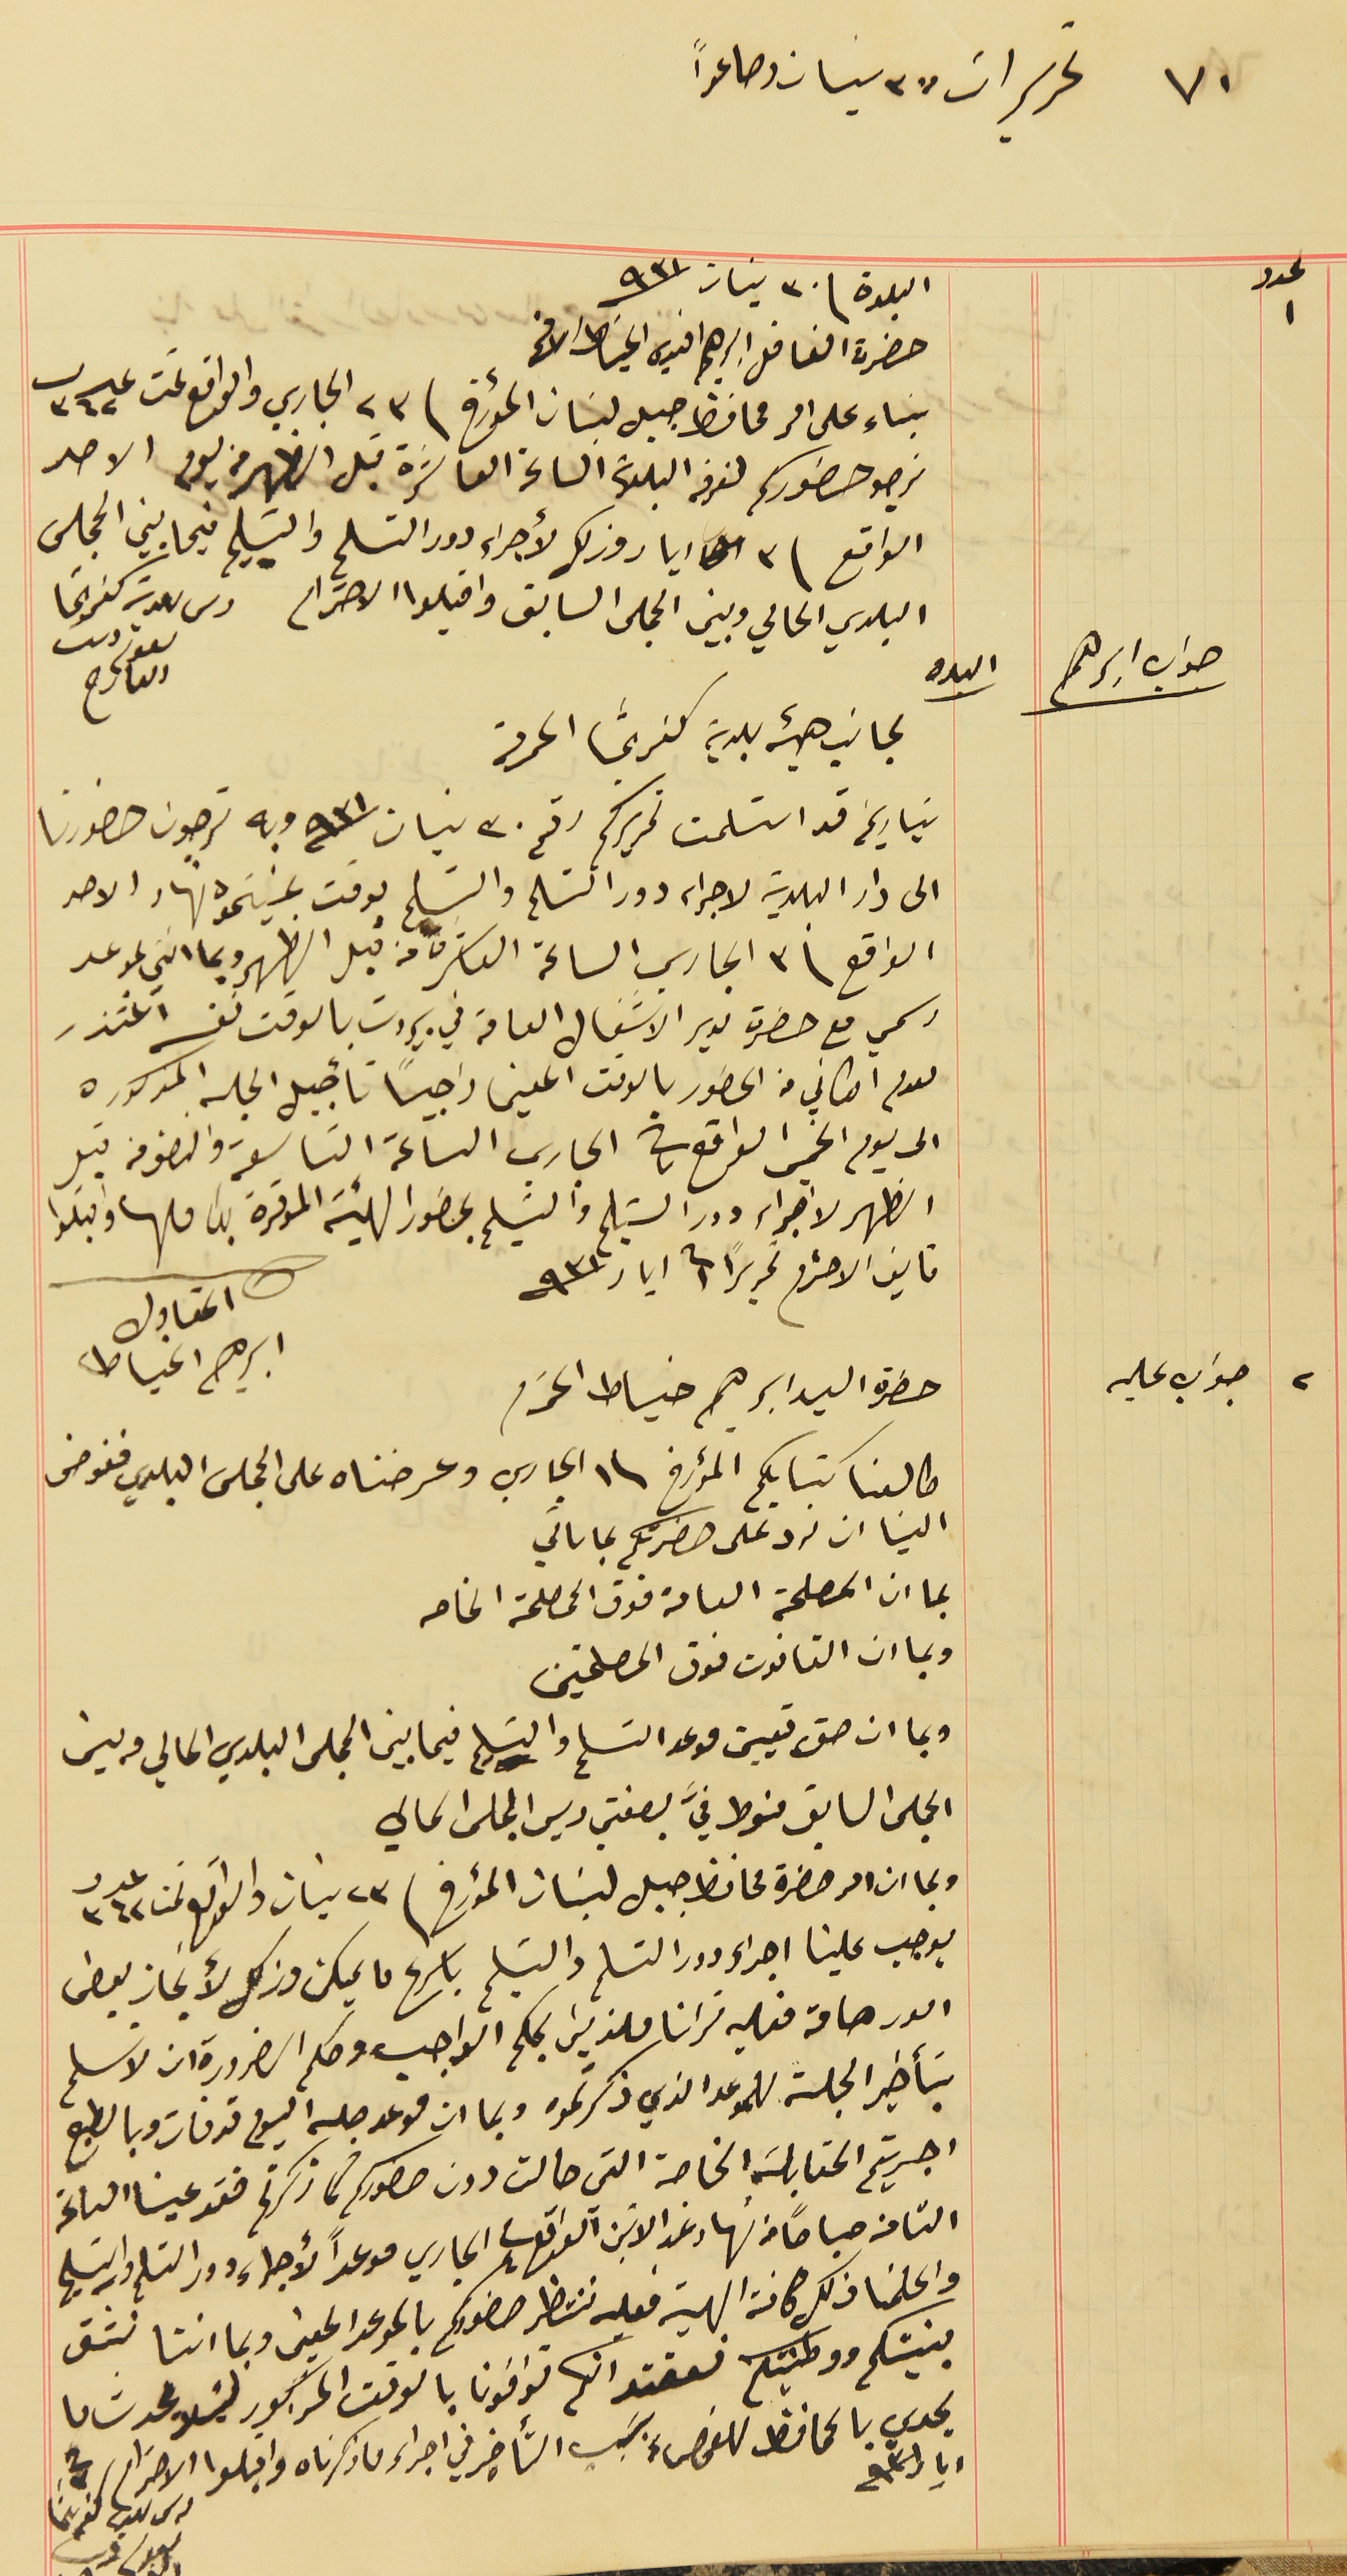
٧٠ تحريرات ٢٧ نيسان وصاعداً
البلدة فى ٣٠ نيسان سنة ٩٣١
حضرة الفاضل ابرهيم افندي الخياط الافحم
بناء على امر محافظ جبل لبنان المؤرخ فى ٢٣ الجاري والواقع تحت عدد ٣٦٢
نرجو حضوركم لغرفه البلدىة الساعة العاشرة قبل الظهر من يوم الاحد
الواقع فى ٣ ايار وذلك لأجراء دور التسلم والتسَليم فيما بين المجلس
البلدي الحالي وبين المجلس السابق واقبلوا الاحترام
لجانب هيئة بلدية كفرشيما المحىرمة
رىس ىلدية كفرشيما ىعوم دىب العارح
بتاريخه قد استلمت تحريركم رقم ٣٠ نيسان سنة ٩٣١ وبه ترجون حضورنا
الى دار البلدية لاجراء دور التسَلم والتسَليم بوقت عينتموه نهار الاحد
الواقع فى ٣ الجاري الساعة العاشرة من قبل الظهر وبما انني بموعد
 رسمي مع حضرة مدير الاشغال العامة في بيروت بالوقت نفسه اعتذر
 لعدم امكاني من الحضور بالوقت المعين راجياً تأجيل الجلسه المذكوره
 الى يوم الخميس الواقع في ٧ الجاري الساعة التاسعة والنصف من قبل
الظهر لاجراء دور التسيلم والتسَليم بحضور الهيئة الموقرة بكاملها واقبلوا
 فايق الاحترام تحريراً فى ١ ايار سنة ٩٣١
حضرة السيد ابرهيم خياط المحترم
المقاول ابرهيم الخياط
 طالعنا كتابكم المؤرخ فى ١ الجاري وعرضناه على المجلس البلدي ففوض
الينا ان نرد على حضرتكم بما ىأتي
بما ان المصلحة العامة فوق المصلحة الخاصه
وبما ان القانون فوق المصلحتين
 وبما ان حق تعيين موعد التسلم والتسليم فيما بين المجلس البلدي الحالي وبين
المجلس السابق منوط فيَّ بصفتي ريس المجلس الحالي
وبما ان امر حضرة محافظ جبل لبنان المؤرخ فى ٢٣ نيسان والواقع تحت عدد ٣٦٢
يوجب علينا اجراء دور التسلم والتسَليم باسرع ما يمكن وذلك لأنجاز بعض
 امور هامة فعليه ترانا ملزمين بحكم الواجب وحكم الضرورة ان لا نسلم
 بتأخير الجلسة للموعد الذي ذكرتموه وبما ان موعد جلسه اليوم قد فات وبالطبع
اجريتم المقابلة الخاصة التي حالت دون حضوركم كما ذكرتم فقد عينا الساعة
 الثامنه صباحاً من نهار غد الاثنين الواقع فى ٤ الجاري موعداً لأجراء دور التسلم والتسليم
واعلمنا ذلك كافة الهيئه فعليه ننتظر حضوركم بالموعد المعين وبما اننا نثق
بنيتكم ووطنيتكم نعتقد انكم توافونا بالوقت المذكور ليَلا يحدث ما
يجدي بالمحافظ للفحص بسَبب التأخير في اجراء ما ذكرناه واقبلوا الاحترام فى ٣
رىس ىلديه كفرشيما نعوم ديب
ايار سنة ٩٣١
٢ جواب عليه
جواب ابرهىم
عدد ١
اليده